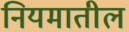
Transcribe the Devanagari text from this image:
नियमातील